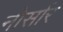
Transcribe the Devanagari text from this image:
नोर्सार